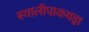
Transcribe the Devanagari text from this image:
स्थालीपाकयज्ञ